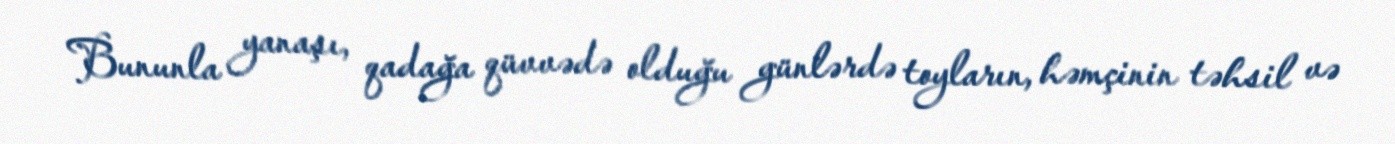
Bununla yanaşı, qadağa qüvvədə olduğu günlərdə toyların, həmçinin təhsil və